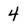
Character: 4